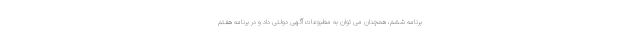
برنامه ششم، همچنان می توان به مطبوعات آگهی دولتی داد و در برنامه هفتم